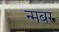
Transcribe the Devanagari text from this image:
न्मबर